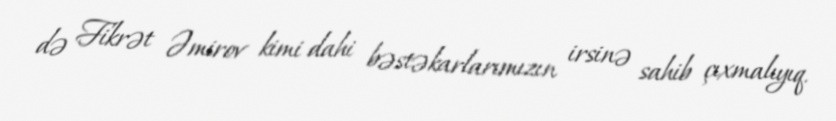
də Fikrət Əmirov kimi dahi bəstəkarlarımızın irsinə sahib çıxmalıyıq.